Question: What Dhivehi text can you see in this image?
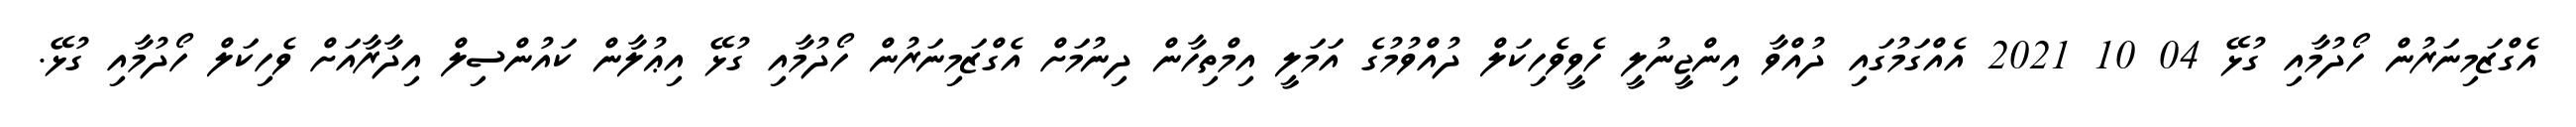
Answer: އެގްޒަމިނަރުން ހޯދުމާއި ގުޅޭ 04 10 2021 އެއްގަމުގައި ދުއްވާ އިންޖީނުލީ ހެވީވެހިކަލް ދުއްވުމުގެ އަމަލީ އިމްތިހާން ދިނުމަށް އެގްޒަމިނަރުން ހޯދުމާއި ގުޅޭ އިޢުލާން ކައުންސިލް އިދާރާއަށް ވެހިކަލް ހޯދުމާއި ގުޅޭ.